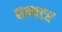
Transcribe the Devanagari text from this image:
सम्पटर